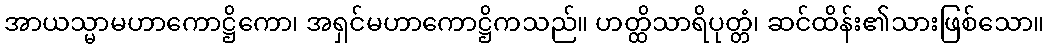
အာယသ္မာမဟာကောဋ္ဌိကော၊ အရှင်မဟာကောဋ္ဌိကသည်။ ဟတ္ထိသာရိပုတ္တံ၊ ဆင်ထိန်း၏သားဖြစ်သော။